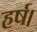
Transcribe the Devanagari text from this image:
हर्ष।